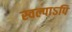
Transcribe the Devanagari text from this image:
स्वल्पाऽपि